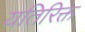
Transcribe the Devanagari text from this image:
यतिरिक्त